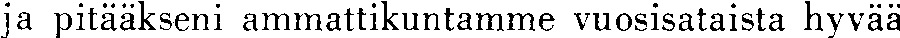
ja pitääkseni ammattikuntamme vuosisataista hyvää